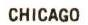
CHICAGO